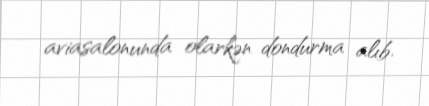
aviasalonunda olarkən dondurma alıb.